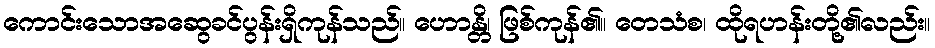
ကောင်းသောအဆွေခင်ပွန်းရှိကုန်သည်။ ဟောန္တိ၊ ဖြစ်ကုန်၏။ တေသံစ၊ ထိုရဟန်းတို့၏လည်း။